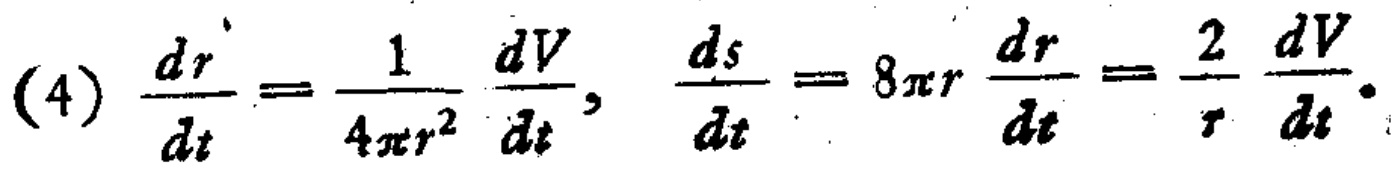
(4) \(\frac{dr}{dt}=\frac{1}{4\pi r^{2}}\frac{dV}{dt},\  \frac{ds}{dt}=8\pi r\frac{dr}{dt}=\frac{2}{r}\frac{dV}{dt}\)